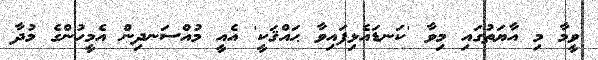
ވީމާ މި އާޔަތުގައި މިވާ 'ކަނޑައެޅިފައިވާ ޙައްޤަކީ' އެއީ މުއްސަނދިން އެމީހުންގެ މުދާ